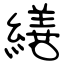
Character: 繕